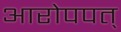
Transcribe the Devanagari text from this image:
आरोपपत्